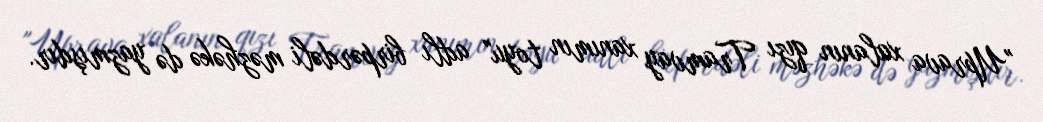
"Uprava xalanın qızı Tramvay xanımın toyu" adlı birpərdəli məzhəkə də yazmışdır.